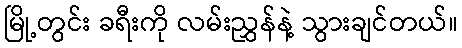
မြို့တွင်း ခရီးကို လမ်းညွှန်နဲ့ သွားချင်တယ်။